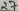
Text: 17